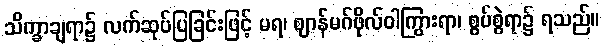
သိက္ခာချရာ၌ လက်ဆုပ်ပြခြင်းဖြင့် မရ၊ ဈာန်မဂ်ဖိုလ်ဝါကြွားရာ၊ စွပ်စွဲရာ၌ ရသည်။